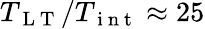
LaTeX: T_{\mathrm{~L~T~}}/T_{\mathrm{~i~n~t~}}\approx 25